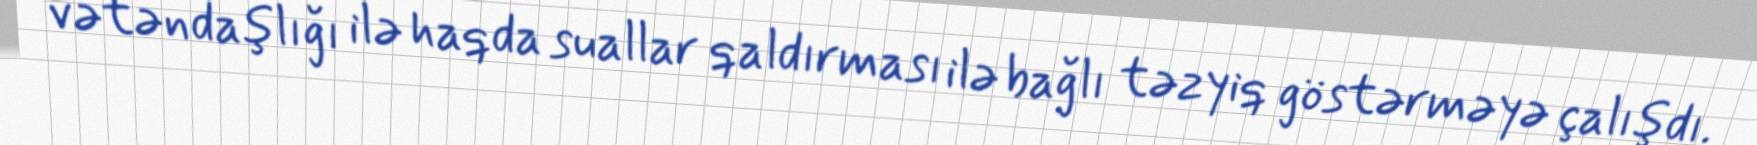
vətəndaşlığı ilə haqda suallar qaldırması ilə bağlı təzyiq göstərməyə çalışdı.